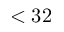
< 3 2